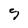
Character: S